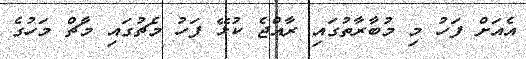
އެއަށް ފަހު މި މުބާރާތުގައި ރާއްޖެ ކުޅޭ ފަހު މެޗުގައި މާޗް މަހުގެ